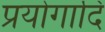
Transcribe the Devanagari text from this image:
प्रयोगादि